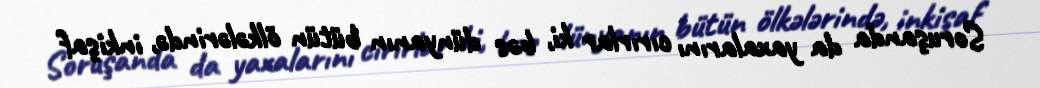
Soruşanda da yaxalarını cırırlar ki, bəs dünyanın bütün ölkələrində, inkişaf